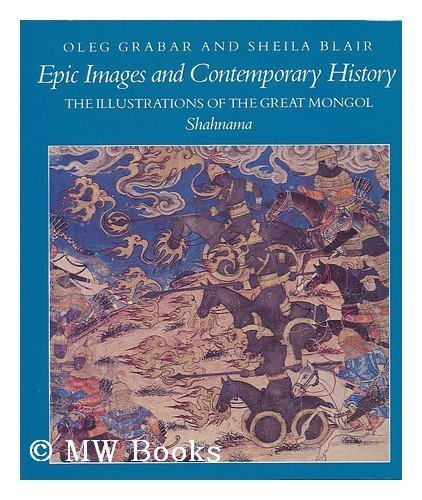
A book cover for Epic Images and Contemporary History: The Illustrations of the Great Mongol Shahnama; Oleg Grabar; Arts & Photography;